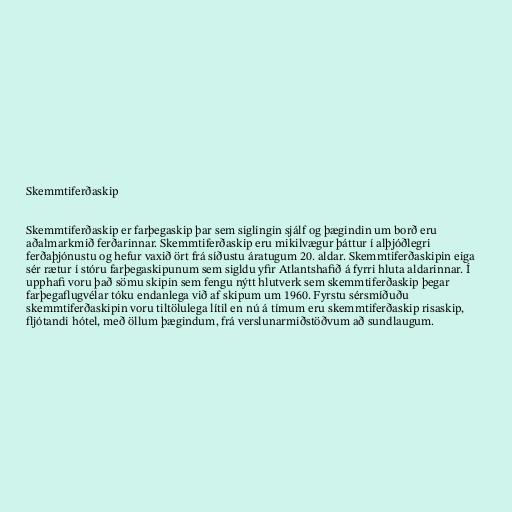
Skemmtiferðaskip

Skemmtiferðaskip er farþegaskip þar sem siglingin sjálf og þægindin um borð eru
aðalmarkmið ferðarinnar. Skemmtiferðaskip eru mikilvægur þáttur í alþjóðlegri
ferðaþjónustu og hefur vaxið ört frá síðustu áratugum 20. aldar. Skemmtiferðaskipin eiga
sér rætur í stóru farþegaskipunum sem sigldu yfir Atlantshafið á fyrri hluta aldarinnar. Í
upphafi voru það sömu skipin sem fengu nýtt hlutverk sem skemmtiferðaskip þegar
farþegaflugvélar tóku endanlega við af skipum um 1960. Fyrstu sérsmíðuðu
skemmtiferðaskipin voru tiltölulega lítil en nú á tímum eru skemmtiferðaskip risaskip,
fljótandi hótel, með öllum þægindum, frá verslunarmiðstöðvum að sundlaugum.